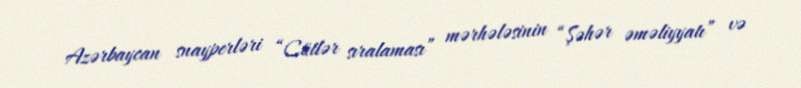
Azərbaycan snayperləri “Cütlər sıralaması” mərhələsinin “Şəhər əməliyyatı” və